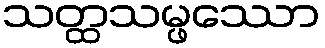
သတ္ထသမ္ဖဿော